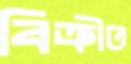
বিক্রীত